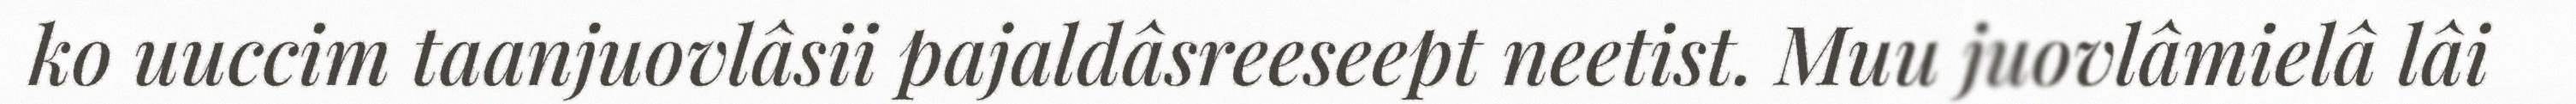
ko uuccim taanjuovlâsii pajaldâsreeseept neetist. Muu juovlâmielâ lâi